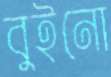
বুইনো